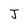
Character: J